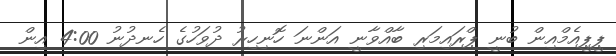
ޕީޕީއެމްއިން ބުނީ ޕްރައިމަރި ބާއްވާނީ އަންނަ ހޮނިހިރު ދުވަހުގެ ހެނދުނު 4:00 އިން